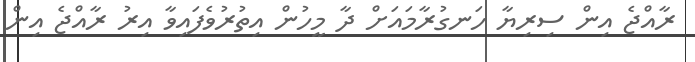
ރާއްޖެ އިން ސިރިޔާ ހަނގުރާމައަށް ދާ މީހުން އިތުރުވެފައިވާ އިރު ރާއްޖެ އިން